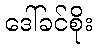
ဒေါ်ခင်စိုး